Annual administration report of the Civil Veterinary Department, Sind - 1945-1946
Year: 1945
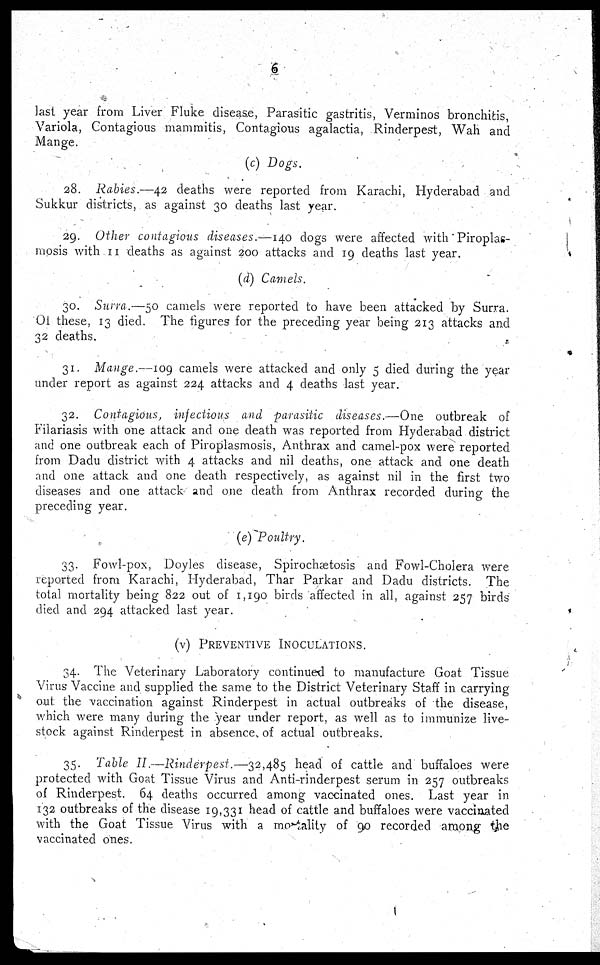
6
last year from Liver Fluke disease, Parasitic gastritis, Verminos bronchitis,
Variola, Contagious mammitis, Contagious agalactia, Rinderpest, Wah and
Mange.
(c) Dogs.
28. Rabies.—42 deaths were reported from Karachi, Hyderabad and
Sukkur districts, as against 30 deaths last year.
29. Other contagious diseases.—140 dogs were affected with Piroplas-
mosis with 11 deaths as against 200 attacks and 19 deaths last year.
(d) Camels.
30. Surra.—50 camels were reported to have been attacked by Surra.
Of these, 13 died. The figures for the preceding year being 213 attacks and
32 deaths.
31. Mange.—109 camels were attacked and only 5 died during the year
under report as against 224 attacks and 4 deaths last year.
32. Contagious, infectious and parasitic diseases.—One outbreak of
Filariasis with one attack and one death was reported from Hyderabad district
and one outbreak each of Piroplasmosis, Anthrax and camel-pox were reported
from Dadu district with 4 attacks and nil deaths, one attack and one death
and one attack and one death respectively, as against nil in the first two
diseases and one attack and one death from Anthrax recorded during the
preceding year.
(e) Poultry.
33. Fowl-pox, Doyles disease, Spirochætosis and Fowl-Cholera were
reported from Karachi, Hyderabad, Thar Parkar and Dadu districts. The
total mortality being 822 out of 1,190 birds affected in all, against 257 birds
died and 294 attacked last year.
(v) PREVENTIVE INOCULATIONS.
34. The Veterinary Laboratory continued to manufacture Goat Tissue
Virus Vaccine and supplied the same to the District Veterinary Staff in carrying
out the vaccination against Rinderpest in actual outbreaks of the disease,
which were many during the year under report, as well as to immunize live-
stock against Rinderpest in absence, of actual outbreaks.
35. Table II.—Rinderpest.—32,485 head of cattle and buffaloes were
protected with Goat Tissue Virus and Anti-rinderpest serum in 257 outbreaks
of Rinderpest. 64 deaths occurred among vaccinated ones. Last year in
132 outbreaks of the disease 19,331 head of cattle and buffaloes were vaccinated
with the Goat Tissue Virus with a mortality of 90 recorded among the
vaccinated ones.